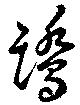
鷺